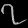
Digit: ၇